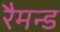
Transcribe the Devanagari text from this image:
रैमन्ड